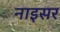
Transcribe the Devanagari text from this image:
नाइसर